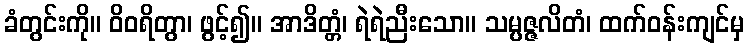
ခံတွင်းကို။ ဝိဝရိတွာ၊ ဖွင့်၍။ အာဒိတ္တံ၊ ရဲရဲညီးသော။ သမ္ပဇ္ဇလိတံ၊ ထက်ဝန်းကျင်မှ